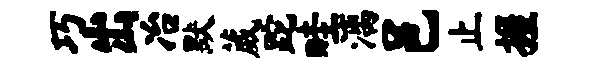
巧出冶默葳跎畦漓邑止握